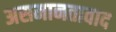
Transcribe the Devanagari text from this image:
असमानतावाद